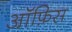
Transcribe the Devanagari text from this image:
ऑ़फ़िस